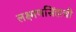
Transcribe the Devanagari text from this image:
लक्ष्मणसिंहाची